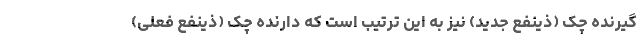
گیرنده چک (ذینفع جدید) نیز به این ترتیب است که دارنده چک (ذینفع فعلی)